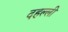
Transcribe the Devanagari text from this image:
दहल्ली